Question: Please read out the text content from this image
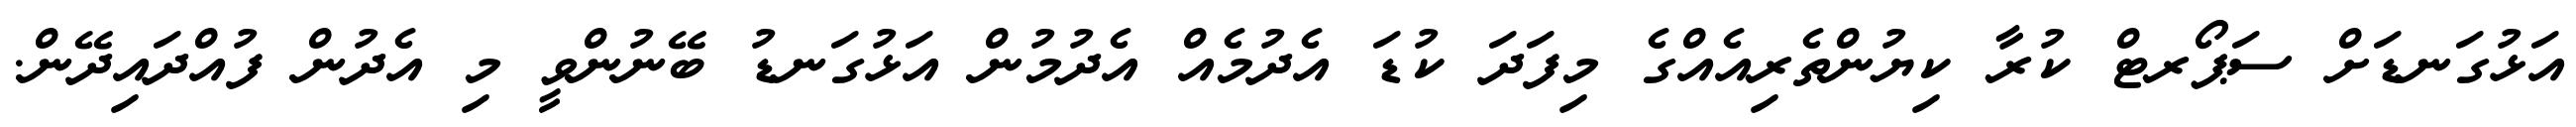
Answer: އަޅުގަނޑަށް ސަޕޯރޓް ކުރާ ކިޔުންތެރިއެއްގެ މިފަދަ ކުޑަ އެދުމެއް އެދުމުން އަޅުގަނޑު ބޭނުންވީ މި އެދުން ފުއްދައިދޭން.